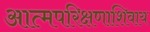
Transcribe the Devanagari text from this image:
आत्मपरिक्षणाशिवाय